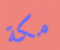
مكة